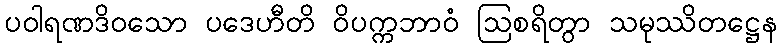
ပဝါရဏဒိဝသော ပဒေဟီတိ ဝိပက္ကဘာဝံ ဩစရိတွာ သမုဿိတဋ္ဌေန